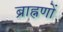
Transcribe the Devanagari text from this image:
ब्राह्नणों